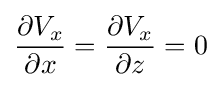
{\frac {\partial V_{x}}{\partial x}}={\frac {\partial V_{x}}{\partial z}}=0